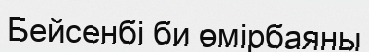
Бейсенбі би өмірбаяны